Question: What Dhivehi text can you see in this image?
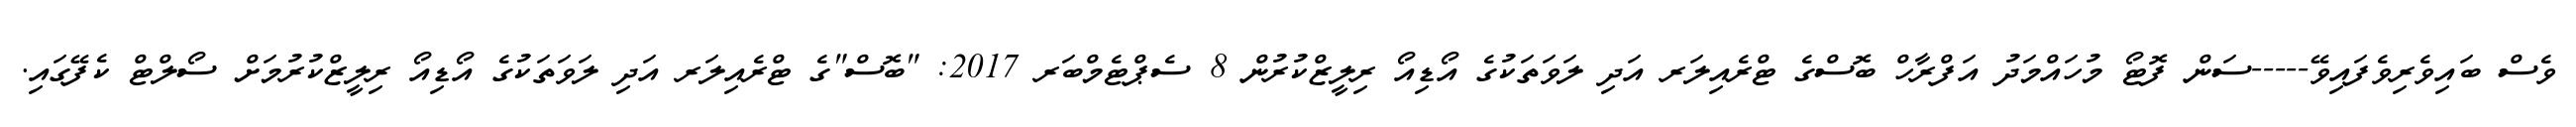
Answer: ވެސް ބައިވެރިވެފައިވޭ-----ސަން ފޮޓޯ މުހައްމަދު އަފްރާހް ބޮސްގެ ޓްރެއިލަރ އަދި ލަވަތަކުގެ އޯޑިއޯ ރިލީޒްކުރުން 8 ސެޕްޓެމްބަރ 2017: "ބޮސް"ގެ ޓްރެއިލަރ އަދި ލަވަތަކުގެ އޯޑިއޯ ރިލީޒްކުރުމަށް ސޯލްޓް ކެފޭގައި.